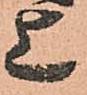
上